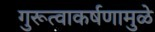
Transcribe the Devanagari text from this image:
गुरूत्वाकर्षणामुळे